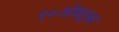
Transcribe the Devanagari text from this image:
१०ओक्तुबर